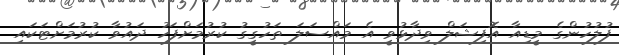
ފުލުހުންގެ މީޑިއާ އޮފިޝަލް ވިދާޅުވީ އެ މައްސަލަ ތަހުގީގު ކުރުމަށްފަހު ދައުވާ ކުރުމަށްޓަކައި